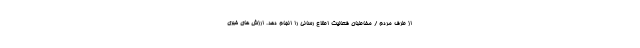
از طرف مردم / مخاطبان فعالیت اطلاع رسانی را انجام دهد. ارزش های خبری